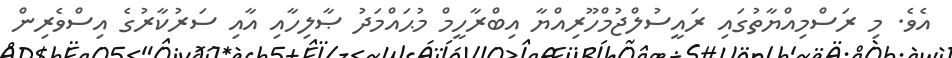
އެވެ. މި ރަސްމިއްޔާތުގައި ރައީސުލްޖުމްހޫރިއްޔާ އިބްރާހީމް މުޙައްމަދު ޞާލިހާއި އާއި ސަރުކާރުގެ އިސްވެރިން